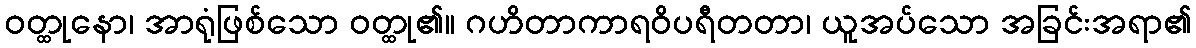
ဝတ္ထုနော၊ အာရုံဖြစ်သော ဝတ္ထု၏။ ဂဟိတာကာရဝိပရီတတာ၊ ယူအပ်သော အခြင်းအရာ၏